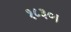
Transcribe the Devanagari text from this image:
१८३०।